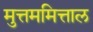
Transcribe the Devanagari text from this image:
मुत्तममित्ताल